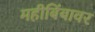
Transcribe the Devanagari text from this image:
महीबिंबावर